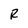
Character: R